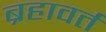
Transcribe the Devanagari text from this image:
ब्रहावर्त